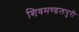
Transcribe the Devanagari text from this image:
शिवमण्डलपुरी